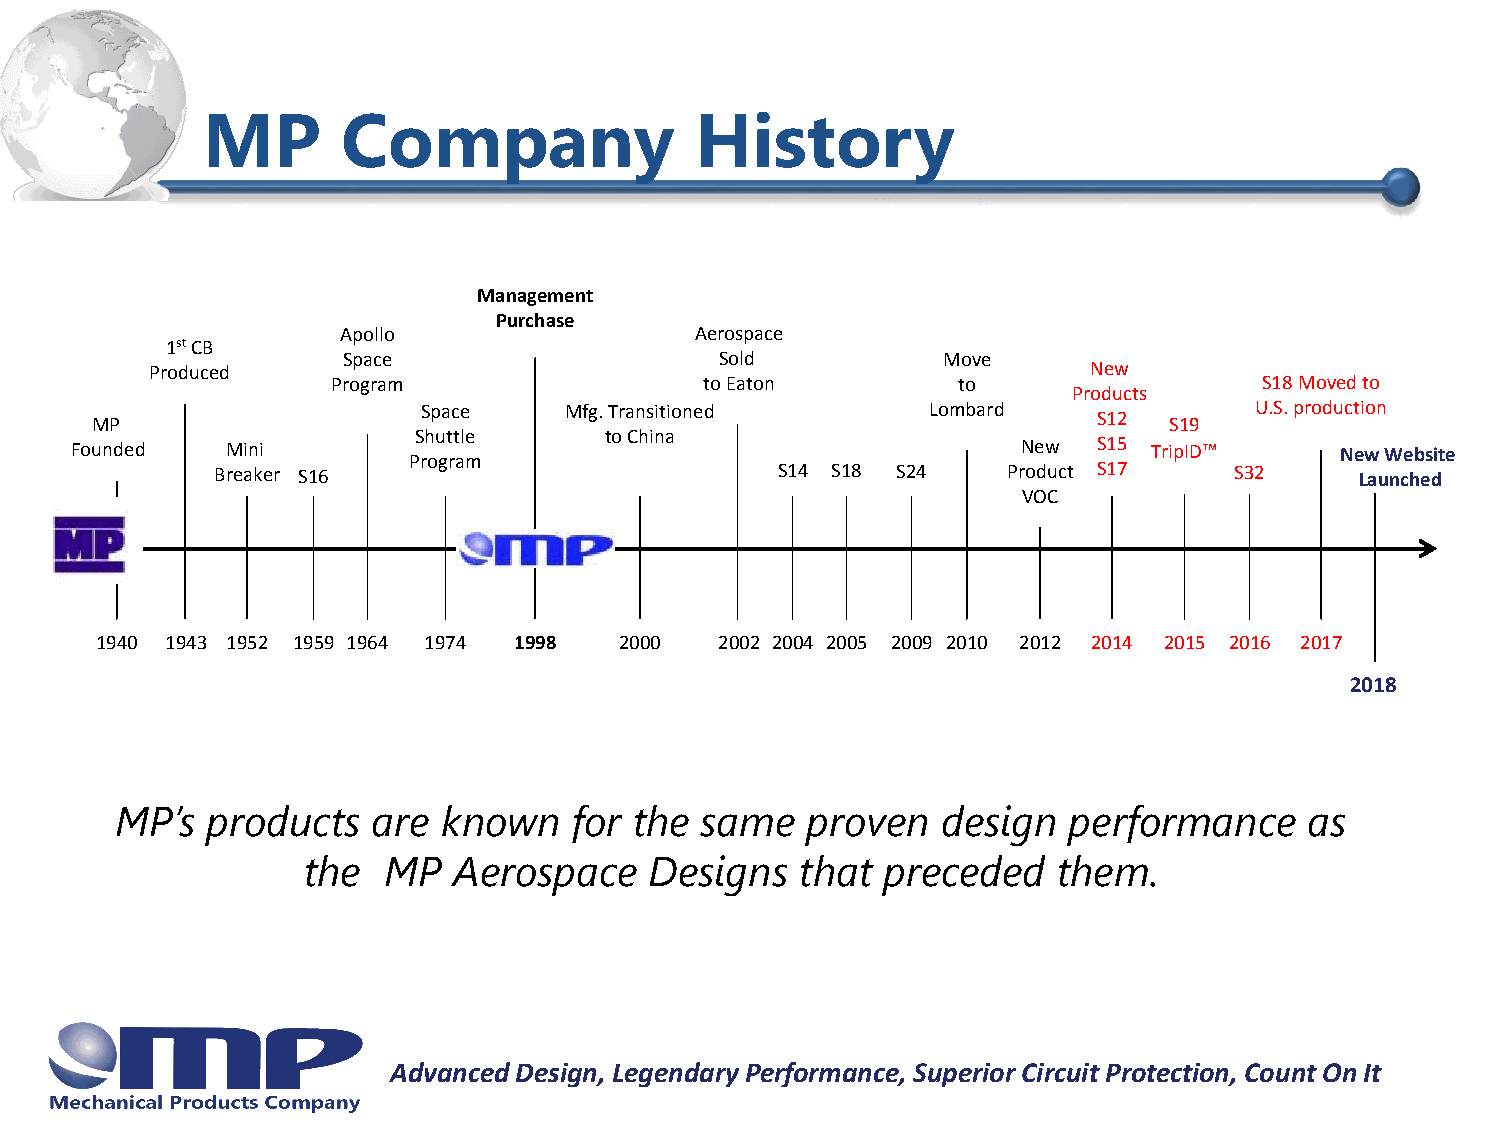
MP        Company                History
 Management
 Purchase
 Apollo                 Aerospace
 1stCB
 Space                    Sold          Move
 Produced                                                      New
 Program                  to Eaton        to                   S18 Moved to
 Products
 Space    Mfg. Transitioned        Lombard              U.S. production
 MP                                                                 S12 S19
 Shuttle      to China
 Founded   Mini                                                 New  S15 TripID™     New Website
 Program
 Breaker S16                          S14 S18 S24     Product S17    S32     Launched
 VOC
 1940 1943 1952 1959 1964 1974 1998 2000   2002 2004 2005 2009 2010 2012 2014 2015 2016 2017
 2018
 MP’s  products   are known    for the same   proven   design   performance     as
 the  MP   Aerospace    Designs   that  preceded   them.
 Advanced Design, Legendary Performance, Superior Circuit Protection, Count On It